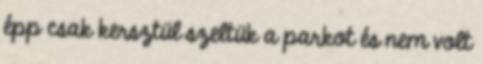
épp csak kersztül szeltük a parkot és nem volt